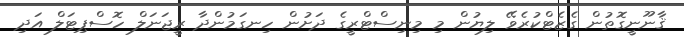
ޤާނޫނީގޮތުން ގެޒެޓްކުރެވޭ ލިޔުން މި މިނިސްޓްރީގެ ދަށުން ހިނގަމުންދާ ރީޖަނަލް ހޮސްޕިޓަލް އަދި